Annual administration and progress report of the Indian Medical Department, Bombay
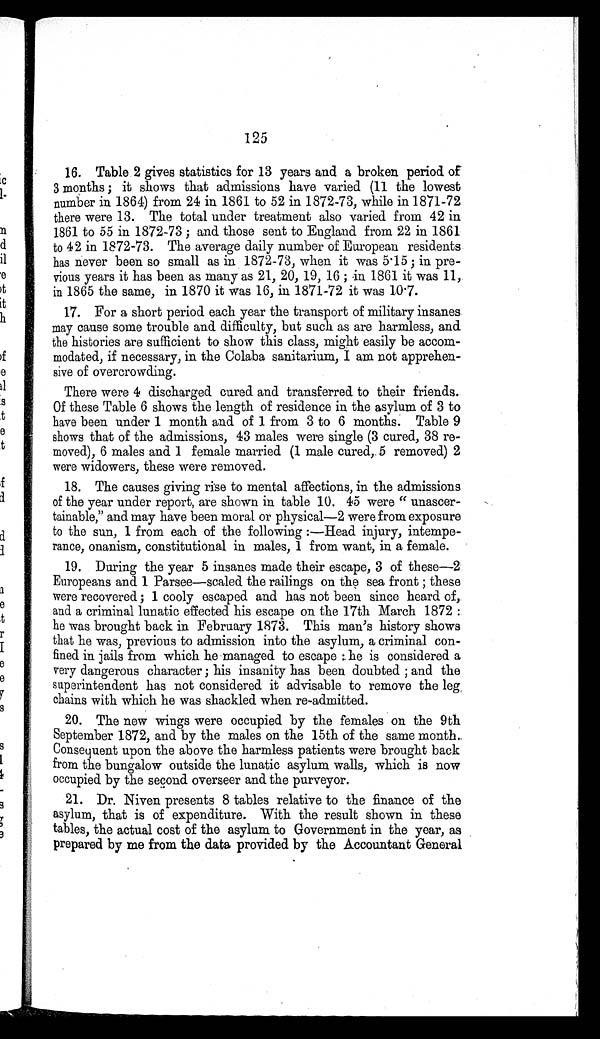
125
16. Table 2 gives statistics for 13 years and a broken period of
3 months; it shows that admissions have varied (11 the lowest
number in 1864) from 24 in 1861 to 52 in 1872-73, while in 1871-72
there were 13. The total under treatment also varied from 42 in
1861 to 55 in 1872-73; and those sent to England from 22 in 1861
to 42 in 1872-73. The average daily number of European residents
has never been so small as in 1872-73, when it was 5.15; in pre
-
vious years it has been as many as 21, 20, 19, 16; in 1861 it was 11,
in 1865 the same, in 1870 it was 16, in 1871-72 it was 10.7.
17. For a short period each year the transport of military insanes
may cause some trouble and difficulty, but such as are harmless, and
the histories are sufficient to show this class, might easily be accom
-
modated, if necessary, in the Colaba sanitarium, I am not apprehen
-
sive of overcrowding.
There were 4 discharged cured and transferred to their friends.
Of these Table 6 shows the length of residence in the asylum of 3 to
have been under 1 month and of 1 from 3 to 6 months. Table 9
shows that of the admissions, 43 males were single (3 cured, 38 re
-
moved), 6 males and 1 female married (1 male cured, 5 removed) 2
were widowers, these were removed.
18. The causes giving rise to mental affections, in the admissions
of the year under report, are shown in table 10. 45 were "unascer
-
tainable," and may have been moral or physical—2 were from exposure
to the sun, 1 from each of the following:—Head injury, intempe
-
rance, onanism, constitutional in males, 1 from want, in a female.
19. During the year 5 insanes made their escape, 3 of these—2
Europeans and 1 Parsee—scaled the railings on the sea front; these
were recovered; 1 cooly escaped and has not been since heard of,
and a criminal lunatic effected his escape on the 17th March 1872:
he was brought back in February 1873. This man's history shows
that he was, previous to admission into the asylum, a criminal con
-
fined in jails from which he managed to escape: he is considered a
very dangerous character ; his insanity has been doubted; and the
superintendent has not considered it advisable to remove the leg
chains with which he was shackled when re-admitted.
20. The new wings were occupied by the females on the 9th
September 1872, and by the males on the 15th of the same month.
Consequent upon the above the harmless patients were brought back
from the bungalow outside the lunatic asylum walls, which is now
occupied by the second overseer and the purveyor.
21. Dr. Niven presents 8 tables relative to the finance of the
asylum, that is of expenditure. With the result shown in these
tables, the actual cost of the asylum to Government in the year, as
prepared by me from the data provided by the Accountant General